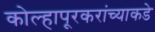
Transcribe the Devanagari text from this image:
कोल्हापूरकरांच्याकडे